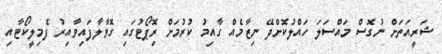
ޝަރީއަތަށް ނުގޮސް މައްސަލަ ހައްލުކޮށްދޭ ނިޒާމެއް ގާއިމު ކުރުމަށް ރިޮޕޯޓުގައި ގޮވާލާފައިވާއިރު ފެމިލީކޯޓާއި